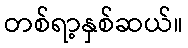
တစ်ရာ့နှစ်ဆယ်။